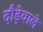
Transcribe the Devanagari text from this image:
दौड़ेवाले